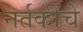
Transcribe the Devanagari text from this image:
नर्तकींचे